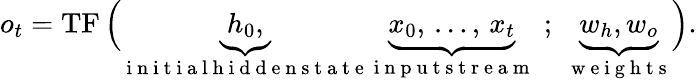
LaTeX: o_{t}=\operatorname{TF}\Big(\underbrace{h_{0},}_{\mathrm{~i~n~i~t~i~a~l~h~i~d~d~e~n~s~t~a~t~e~}}\underbrace{x_{0},\, \dots,\, x_{t}}_{\mathrm{~i~n~p~u~t~s~t~r~e~a~m~}}\, \, ;\, \, \underbrace{w_{h},w_{o}}_{\mathrm{~w~e~i~g~h~t~s~}}\Big).